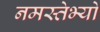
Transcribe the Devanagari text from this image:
नमस्तेभ्यो